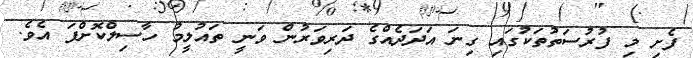
ފެށި މި ފުރުސަތުތަކުގައި ގިނަ އަދަދެއްގެ ދަރިވަރުން ވަނީ ތައުލީމު ހާސިލްކޮށްފަ އެވެ.